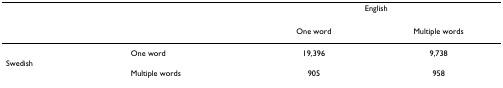
|  |  | <COLSPAN=2> English |
 |  |  | One word | Multiple words |
 | --- | --- | --- | --- |
 |  | One word | 19,396 | 9,738 |
 | Swedish |  |  |  |
 |  | Multiple words | 905 | 958 |